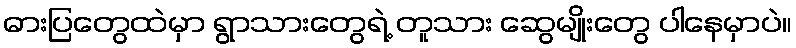
ဓားပြတွေထဲမှာ ရွာသားတွေရဲ့ တူသား ဆွေမျိုးတွေ ပါနေမှာပဲ။